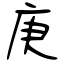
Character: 庚